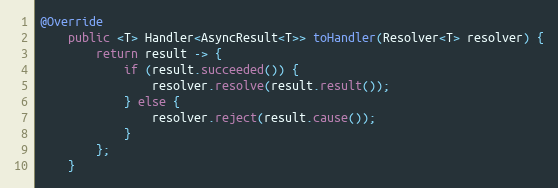
Language: Java
@Override
    public <T> Handler<AsyncResult<T>> toHandler(Resolver<T> resolver) {
        return result -> {
            if (result.succeeded()) {
                resolver.resolve(result.result());
            } else {
                resolver.reject(result.cause());
            }
        };
    }